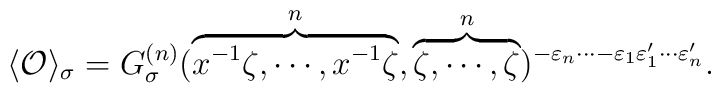
\langle {\cal O} \rangle_\sigma =G^{(n)}_\sigma(\overbrace{x^{-1}\zeta,\cdots,x^{-1}\zeta}^{n}, \overbrace{\zeta,\cdots,\zeta}^{n})^{-\varepsilon_{n}\cdots -\varepsilon_{1}\varepsilon'_1 \cdots \varepsilon'_{n}}.